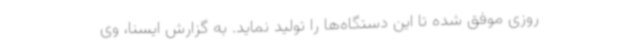
روزی موفق شده تا این دستگاه‌ها را تولید نماید. به گزارش ایسنا، وی